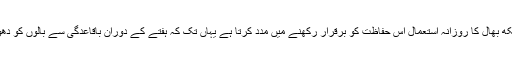
گھر کی دیکھ بھال کا روزانہ استعمال اس حفاظت کو برقرار رکھنے میں مدد کرتا ہے یہاں تک کہ ہفتے کے دوران باقاعدگی سے بالوں کو دھوتے ہوئے۔